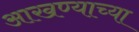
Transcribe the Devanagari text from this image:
आखण्याच्या